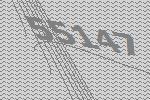
55147